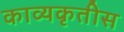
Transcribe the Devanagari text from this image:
काव्यकृतीस